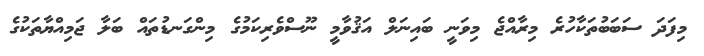
މިފަދަ ސަބަބުތަކާހުރެ މިރާއްޖެ މިވަނީ ބައިނަލް އަޤުވާމީ ނޫސްވެރިކަމުގެ މިންގަނޑުތައް ބަލާ ޖަމިއްޔާތަކުގެ